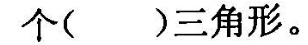
个( )三角形。